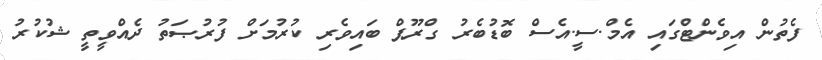
ފެތުން އިވެންޓްގައި އެމް.ސީ.އެސް ބޮޑުބެރު ގްރޫޕް ބައިވެރި ކުރުމަށް ފުރުޞަތު ދެއްވީތީ ޝުކުރު